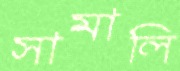
সামালি